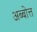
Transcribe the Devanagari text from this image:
अब्बोत्त